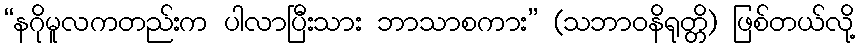
“နဂိုမူလကတည်းက ပါလာပြီးသား ဘာသာစကား” (သဘာဝနိရုတ္တိ) ဖြစ်တယ်လို့